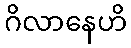
ဂိလာနေဟိ